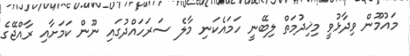
މައުމޫން ވިދާޅުވީ މިޚިދުމަތް ލިބޭނީ ހަމައެކަނި މާލެ ސަރަހައްދުގައި ނޫން ކަމަށާއި ރާއްޖޭގެ